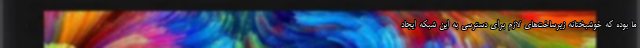
ما بوده که خوشبختانه زیرساخت‌های لازم برای دسترسی به این شبکه ایجاد